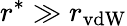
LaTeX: r^{*}\gg r_{\mathrm{vdW}}